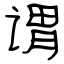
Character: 谓